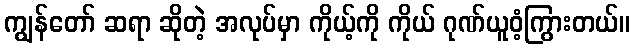
ကျွန်တော် ဆရာ ဆိုတဲ့ အလုပ်မှာ ကိုယ့်ကို ကိုယ် ဂုဏ်ယူဝံ့ကြွားတယ်။